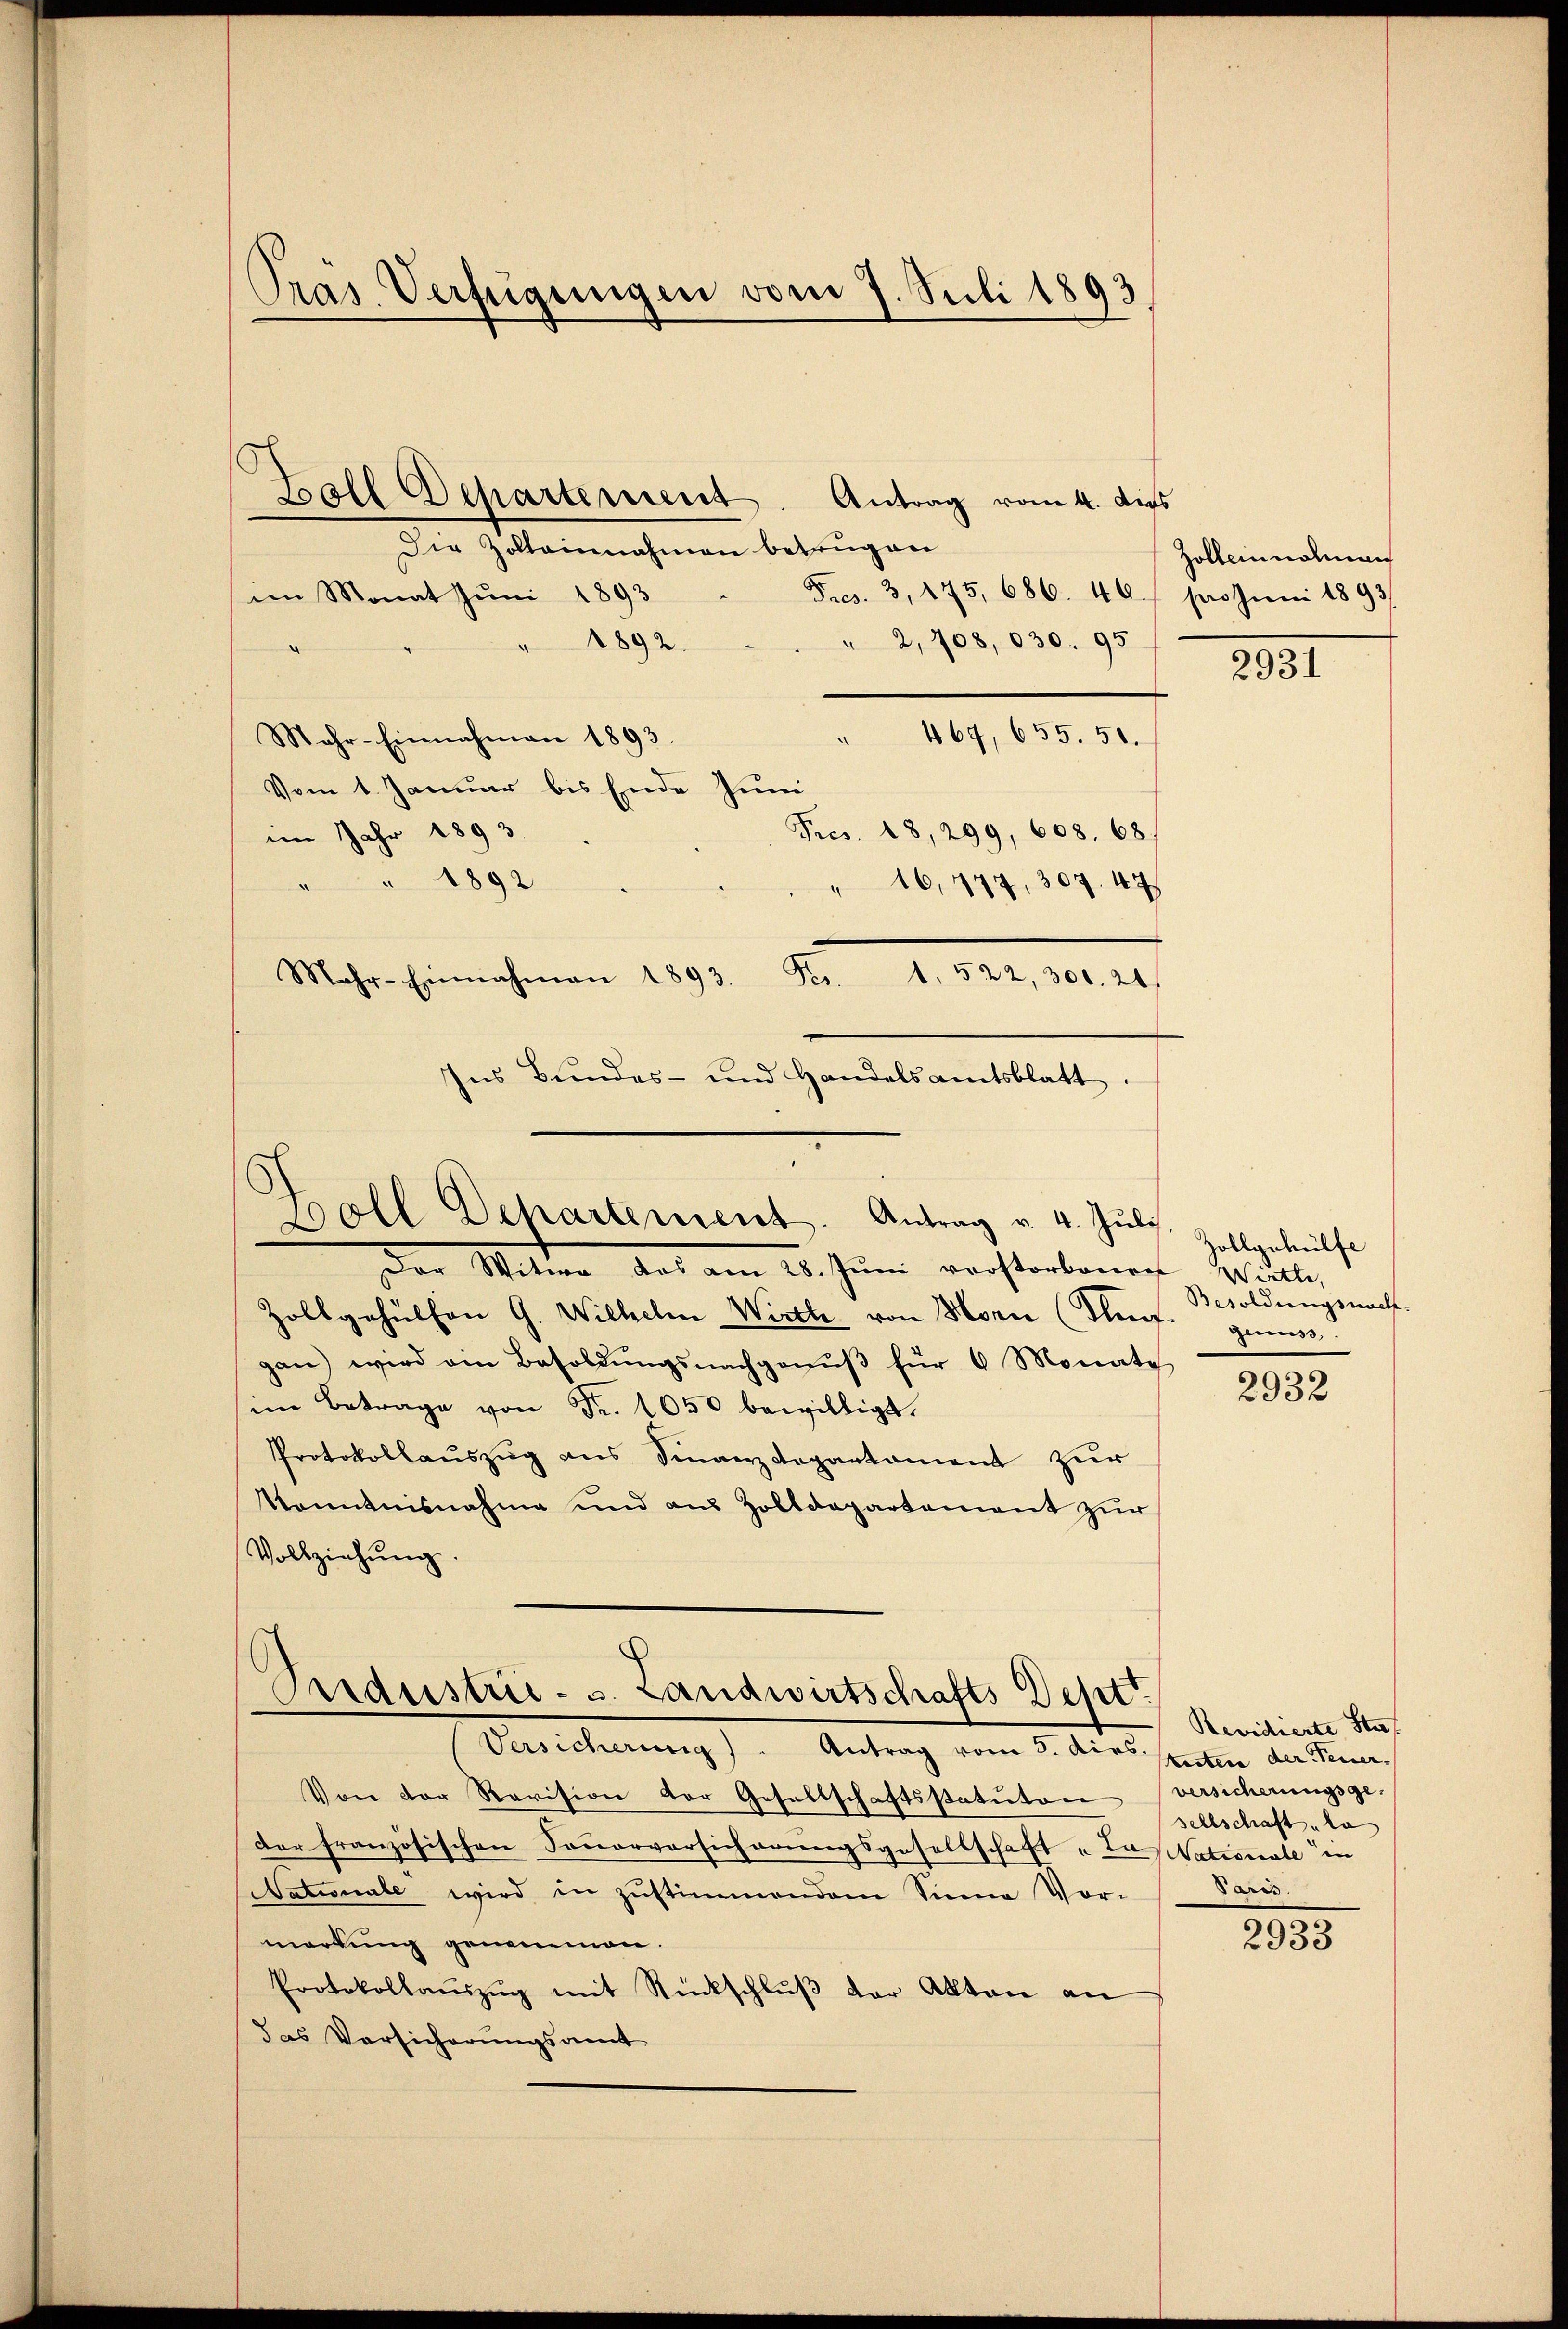
Pras Verfügungen vom 7. Juli 1893

Ball Departement. Antrag vom 4. dies
Die Zolleinnahmen betrugen
Fres. 3, 475, 686. 46. pro Juni 1893
im Monat Juni 1893
2,708, 030. 95
1892.
464, 655. 50.
Mahr-Einnahmen 1893.
Vom 1. Januar bis Ende Juni
Pres. 18, 299, 608. 68
im Jahr 1893.
1892
" 16, 477, 307. 47
Mahr- Einnahmen 1893. Fr. 1. 522, 300. 24
Ins Bundes- und Handelsamtsblatt.

Boll Departement. Antrag v. 4. Juli

Der Mitter das am 25. Juni verstorbenen Winte
Zollgehülfen G. Wilhelm Wirth von Morie (lief guns
gan) wird am Besoldŭngsnachganŭβ für 6 Monate
im Betrage von Fr. 1050 bewilligt.
Protokollaŭszŭg ans Finanzdepartament zur
Kenntnisnahme und aus Zolldepartement zur
Vollziehung.

Industrie - u. Landwirtschafts Dept.
Versicherung). Antrag vom 5. dies tuten der Feuer¬

Von der Revision der Gesellschaftsstatuten versicherungsge-
der französischen Fonorversicherungsgesellschaft u de Nationale in
Nationale wird in Zustimmendem Sinne Vor-
markung genommen.
Protokollaŭszŭg mit Rückschlŭβ der Akten an
das Versicherungsamt

Zolleinnahmen

281

Zollgehülfe
Besoldungswacht.

2932

Revidierte Sta
sellschaft la
Paris.

2933